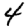
Digit: 4